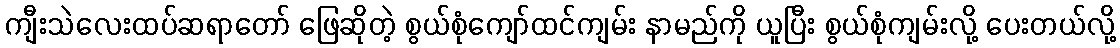
ကျီးသဲလေးထပ်ဆရာတော် ဖြေဆိုတဲ့ စွယ်စုံကျော်ထင်ကျမ်း နာမည်ကို ယူပြီး စွယ်စုံကျမ်းလို့ ပေးတယ်လို့